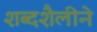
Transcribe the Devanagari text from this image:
शब्दशैलीने